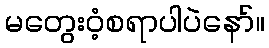
မတွေး၀ံ့စရာပါပဲနော်။